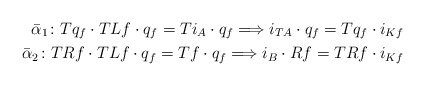
\begin{align*} \bar\alpha_1\colon Tq_f\cdot{}T{L}f\cdot{}q_f= Ti_A\cdot{}q_f \Longrightarrow i_{TA}\cdot{}q_f= Tq_f\cdot{}i_{Kf} \\ \bar\alpha_2\colon T{R}f\cdot{}T{L}f\cdot{}q_f= Tf\cdot{}q_f \Longrightarrow i_B\cdot{}{R}f=T{R}f\cdot{}i_{Kf} \end{align*}